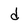
Character: d